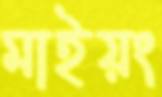
মাইয়ং